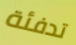
تدفئة